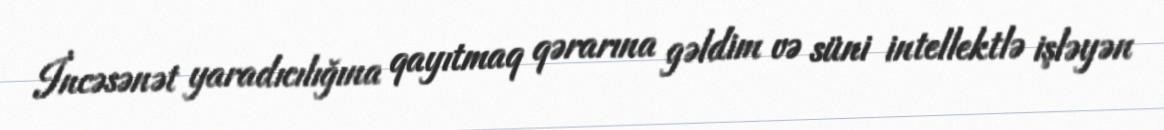
İncəsənət yaradıcılığına qayıtmaq qərarına gəldim və süni intellektlə işləyən